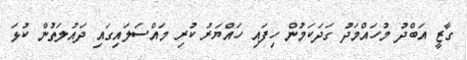
ގާޒީ އަބްދު މުހައްމަދު ގަދަކަމުން ހިފައި ހައްޔަރު ކުރި މައްސަލައިގައި ދައުލަތުން ކުޅަ